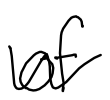
Text: of
Cross-out: wave
Writing tool: digital_black